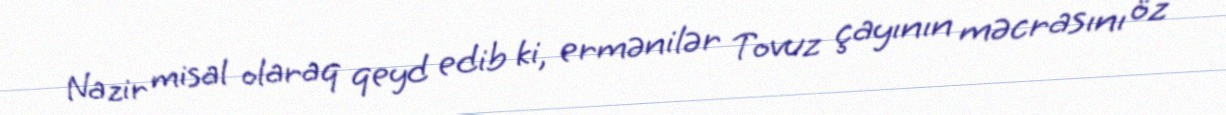
Nazir misal olaraq qeyd edib ki, ermənilər Tovuz çayının məcrasını öz